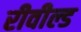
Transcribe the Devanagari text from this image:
रीवील्ड